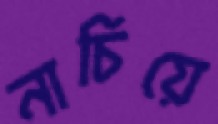
নাচিয়ে